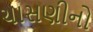
ચાસણીનો